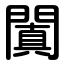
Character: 闐